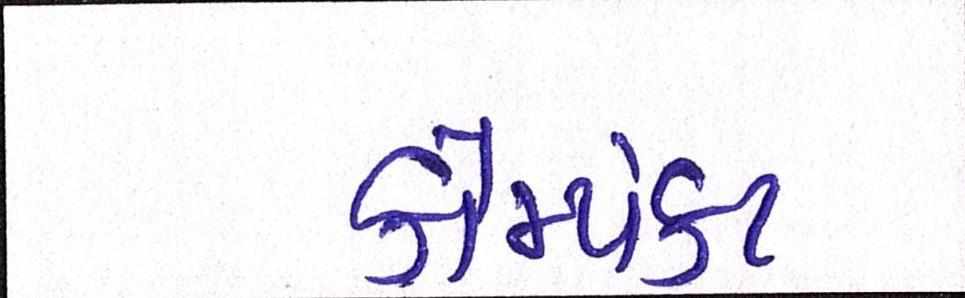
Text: કોમ્પેક્ટ